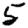
Digit: 5